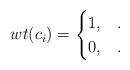
LaTeX: \begin{align*}wt(c_i) =\begin{cases}1, & .\\0, & .\end{cases}\end{align*}